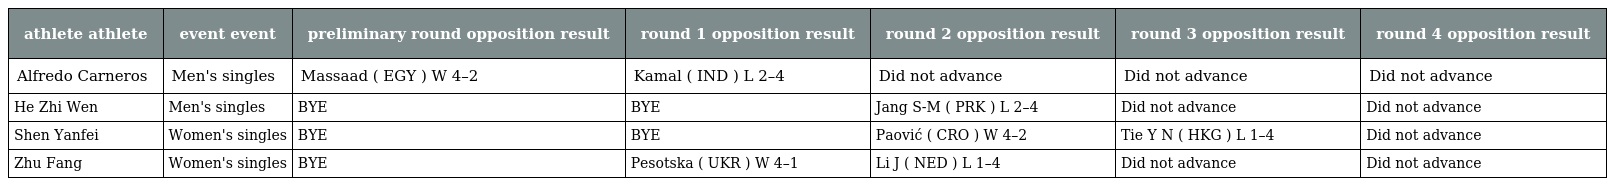
| athlete athlete | event event | preliminary round opposition result | round 1 opposition result | round 2 opposition result | round 3 opposition result | round 4 opposition result |
 | --- | --- | --- | --- | --- | --- | --- |
 | Alfredo Carneros | Men's singles | Massaad ( EGY ) W 4–2 | Kamal ( IND ) L 2–4 | Did not advance | Did not advance | Did not advance |
 | He Zhi Wen | Men's singles | BYE | BYE | Jang S-M ( PRK ) L 2–4 | Did not advance | Did not advance |
 | Shen Yanfei | Women's singles | BYE | BYE | Paović ( CRO ) W 4–2 | Tie Y N ( HKG ) L 1–4 | Did not advance |
 | Zhu Fang | Women's singles | BYE | Pesotska ( UKR ) W 4–1 | Li J ( NED ) L 1–4 | Did not advance | Did not advance |